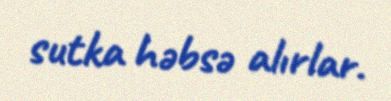
sutka həbsə alırlar.